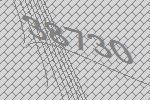
38730